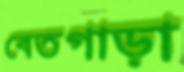
বেতগাড়া